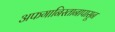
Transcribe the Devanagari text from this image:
अफगानिस्तानापासून